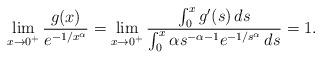
LaTeX: \begin{align*} \lim_{x\to 0^+} \frac{g(x)}{e^{-1/x^\alpha}}=\lim_{x\to 0^+} \frac{\int_0^x g'(s)\,ds}{\int_0^x \alpha s^{-\alpha-1} e^{-1/s^\alpha}\,ds}=1.\end{align*}